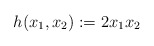
\begin{align*}h(x_1,x_2):=2x_1x_2\end{align*}